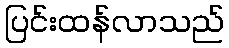
ပြင်းထန်လာသည်